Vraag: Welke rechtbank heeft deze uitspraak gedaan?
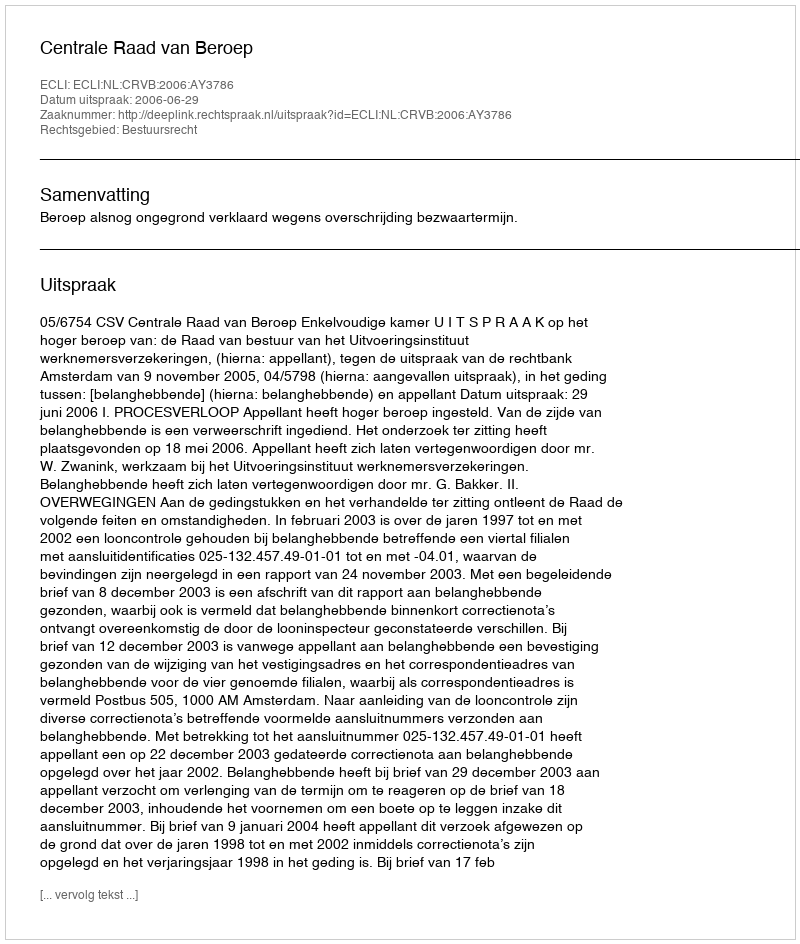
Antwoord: Centrale Raad van Beroep